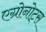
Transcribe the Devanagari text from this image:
एग्रोनोट्स